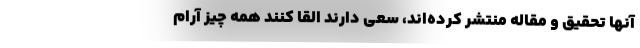
آنها تحقیق و مقاله منتشر کرده‌اند، سعی دارند القا کنند همه چیز آرام